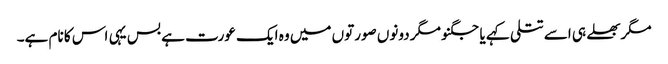
مگربھلے ہی اسے تتلی کہے یا جگنو مگر دونوں صورتوں میں وہ ایک عورت ہے بس یہی اس کا نام ہے۔